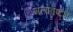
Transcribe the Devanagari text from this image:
मलावष्टंभ